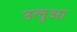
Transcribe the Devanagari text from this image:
उलुआ